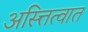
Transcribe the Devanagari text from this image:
अस्त्तित्वात